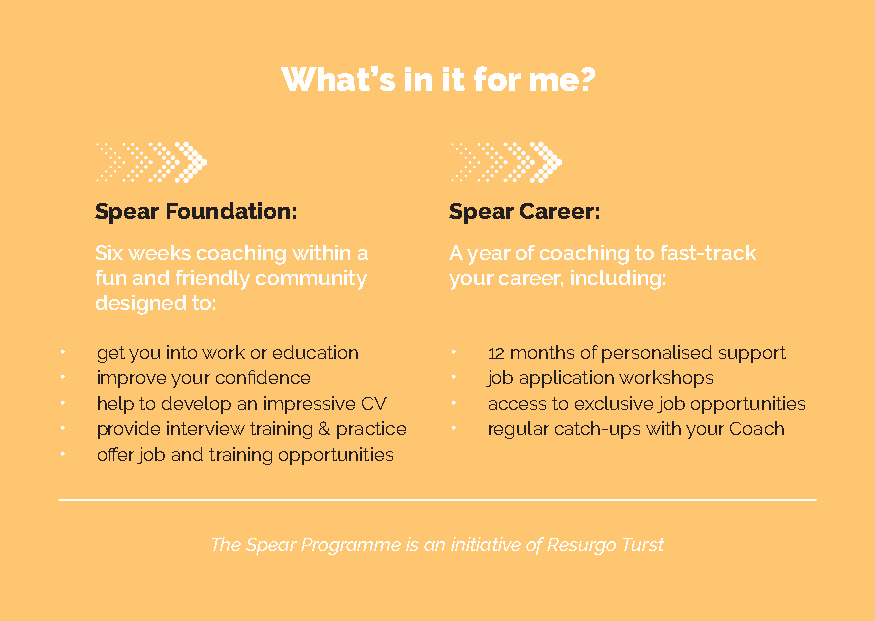
What’s  in it for me?
 Spear Foundation:       Spear Career:
 Six weeks coaching within a A year of coaching to fast-track
 fun and friendly community your career, including:
 designed to:
 • get you into work or education • 12 months of personalised support
 • improve your confidence • job application workshops
 • help to develop an impressive CV • access to exclusive job opportunities
 • provide interview training & practice • regular catch-ups with your Coach
 • offer job and training opportunities
 The Spear Programme is an initiative of Resurgo Turst